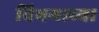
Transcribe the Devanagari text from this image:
विभगाच्या